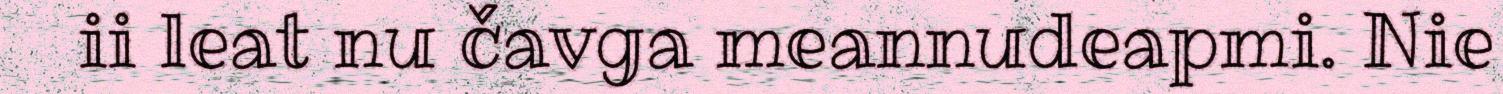
ii leat nu čavga meannudeapmi. Nie